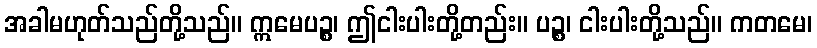
အခါမဟုတ်သည်တို့သည်။ ဣမေပဉ္စ၊ ဤငါးပါးတို့တည်း။ ပဉ္စ၊ ငါးပါးတို့သည်။ ကတမေ၊